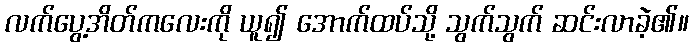
လက်ပွေ့အိတ်ကလေးကို ယူ၍ အောက်ထပ်သို့ သွက်သွက် ဆင်းလာခဲ့၏။